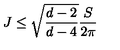
J \leq \sqrt { \frac { d - 2 } { d - 4 } } \frac { S } { 2 \pi }